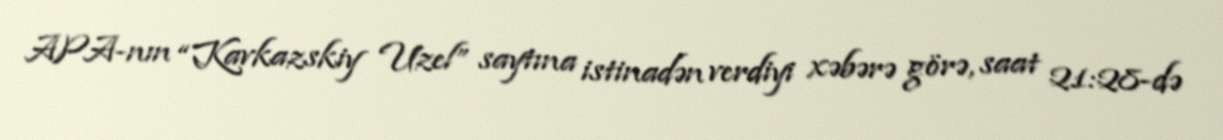
APA-nın “Kavkazskiy Uzel” saytına istinadən verdiyi xəbərə görə, saat 21:28-də